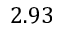
2 . 9 3